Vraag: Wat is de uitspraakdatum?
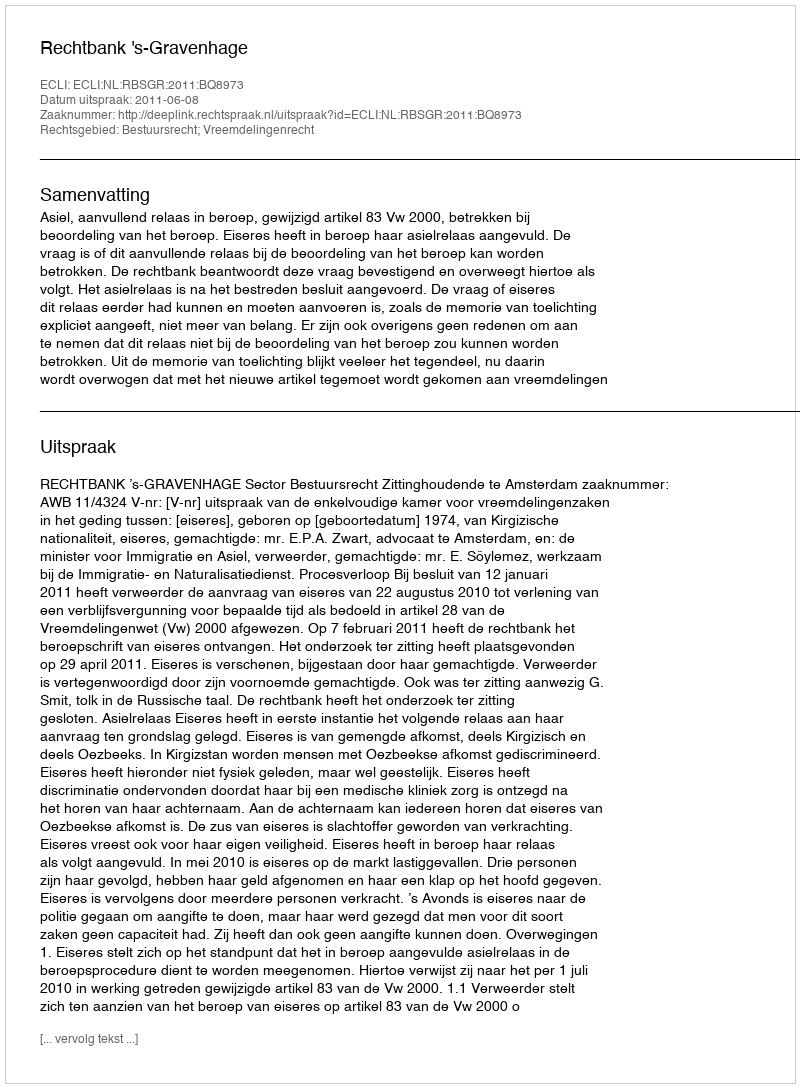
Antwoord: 2011-06-08